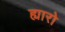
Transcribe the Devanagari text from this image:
ह्यारो